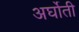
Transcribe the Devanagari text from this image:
अर्घोती